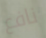
نافع